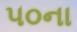
૫૦ના